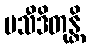
ပသီဒိတုန္တိ